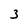
Character: 3